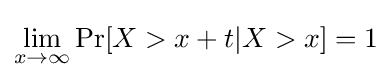
\lim _{x\to \infty }\Pr[X>x+t|X>x]=1